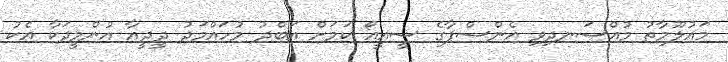
މައުލޫމާތު މުއްސަނދިވި އެންސްޕާގެ ސީއީއޯ ކަމަށް އަބްދު މުހައްމަދު ދީދީއާ އުންމީދަކާ އެކު